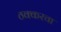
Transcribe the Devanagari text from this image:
ठक्करचा